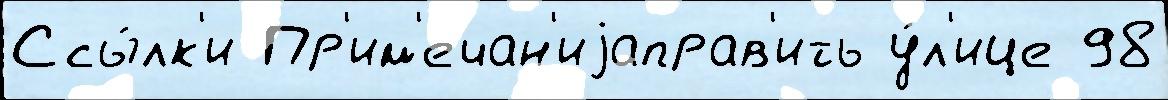
Ссы́лк'и Пр'им'ечан'иjаправ'ить у́л'ице 98